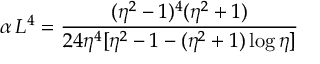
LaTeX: \alpha \, L ^ { 4 } = \frac { ( \eta ^ { 2 } - 1 ) ^ { 4 } ( \eta ^ { 2 } + 1 ) } { 2 4 \eta ^ { 4 } [ \eta ^ { 2 } - 1 - ( \eta ^ { 2 } + 1 ) \log { \eta } ] }